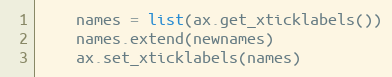
Language: Python
    names = list(ax.get_xticklabels())
    names.extend(newnames)
    ax.set_xticklabels(names)